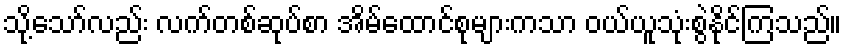
သို့သော်လည်း လက်တစ်ဆုပ်စာ အိမ်ထောင်စုများကသာ ဝယ်ယူသုံးစွဲနိုင်ကြသည်။